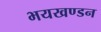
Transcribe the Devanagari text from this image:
भयखण्डन